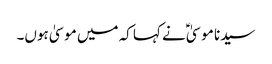
سیدنا موسیٰؑ نے کہا کہ میں موسیٰ ہوں۔